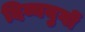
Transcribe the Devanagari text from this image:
दिव्ययुगों